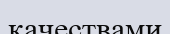
качествами